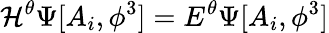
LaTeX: \mathcal{H}^{\theta}\Psi[A_{i},\phi^{3}]=E^{\theta}\Psi[A_{i},\phi^{3}]